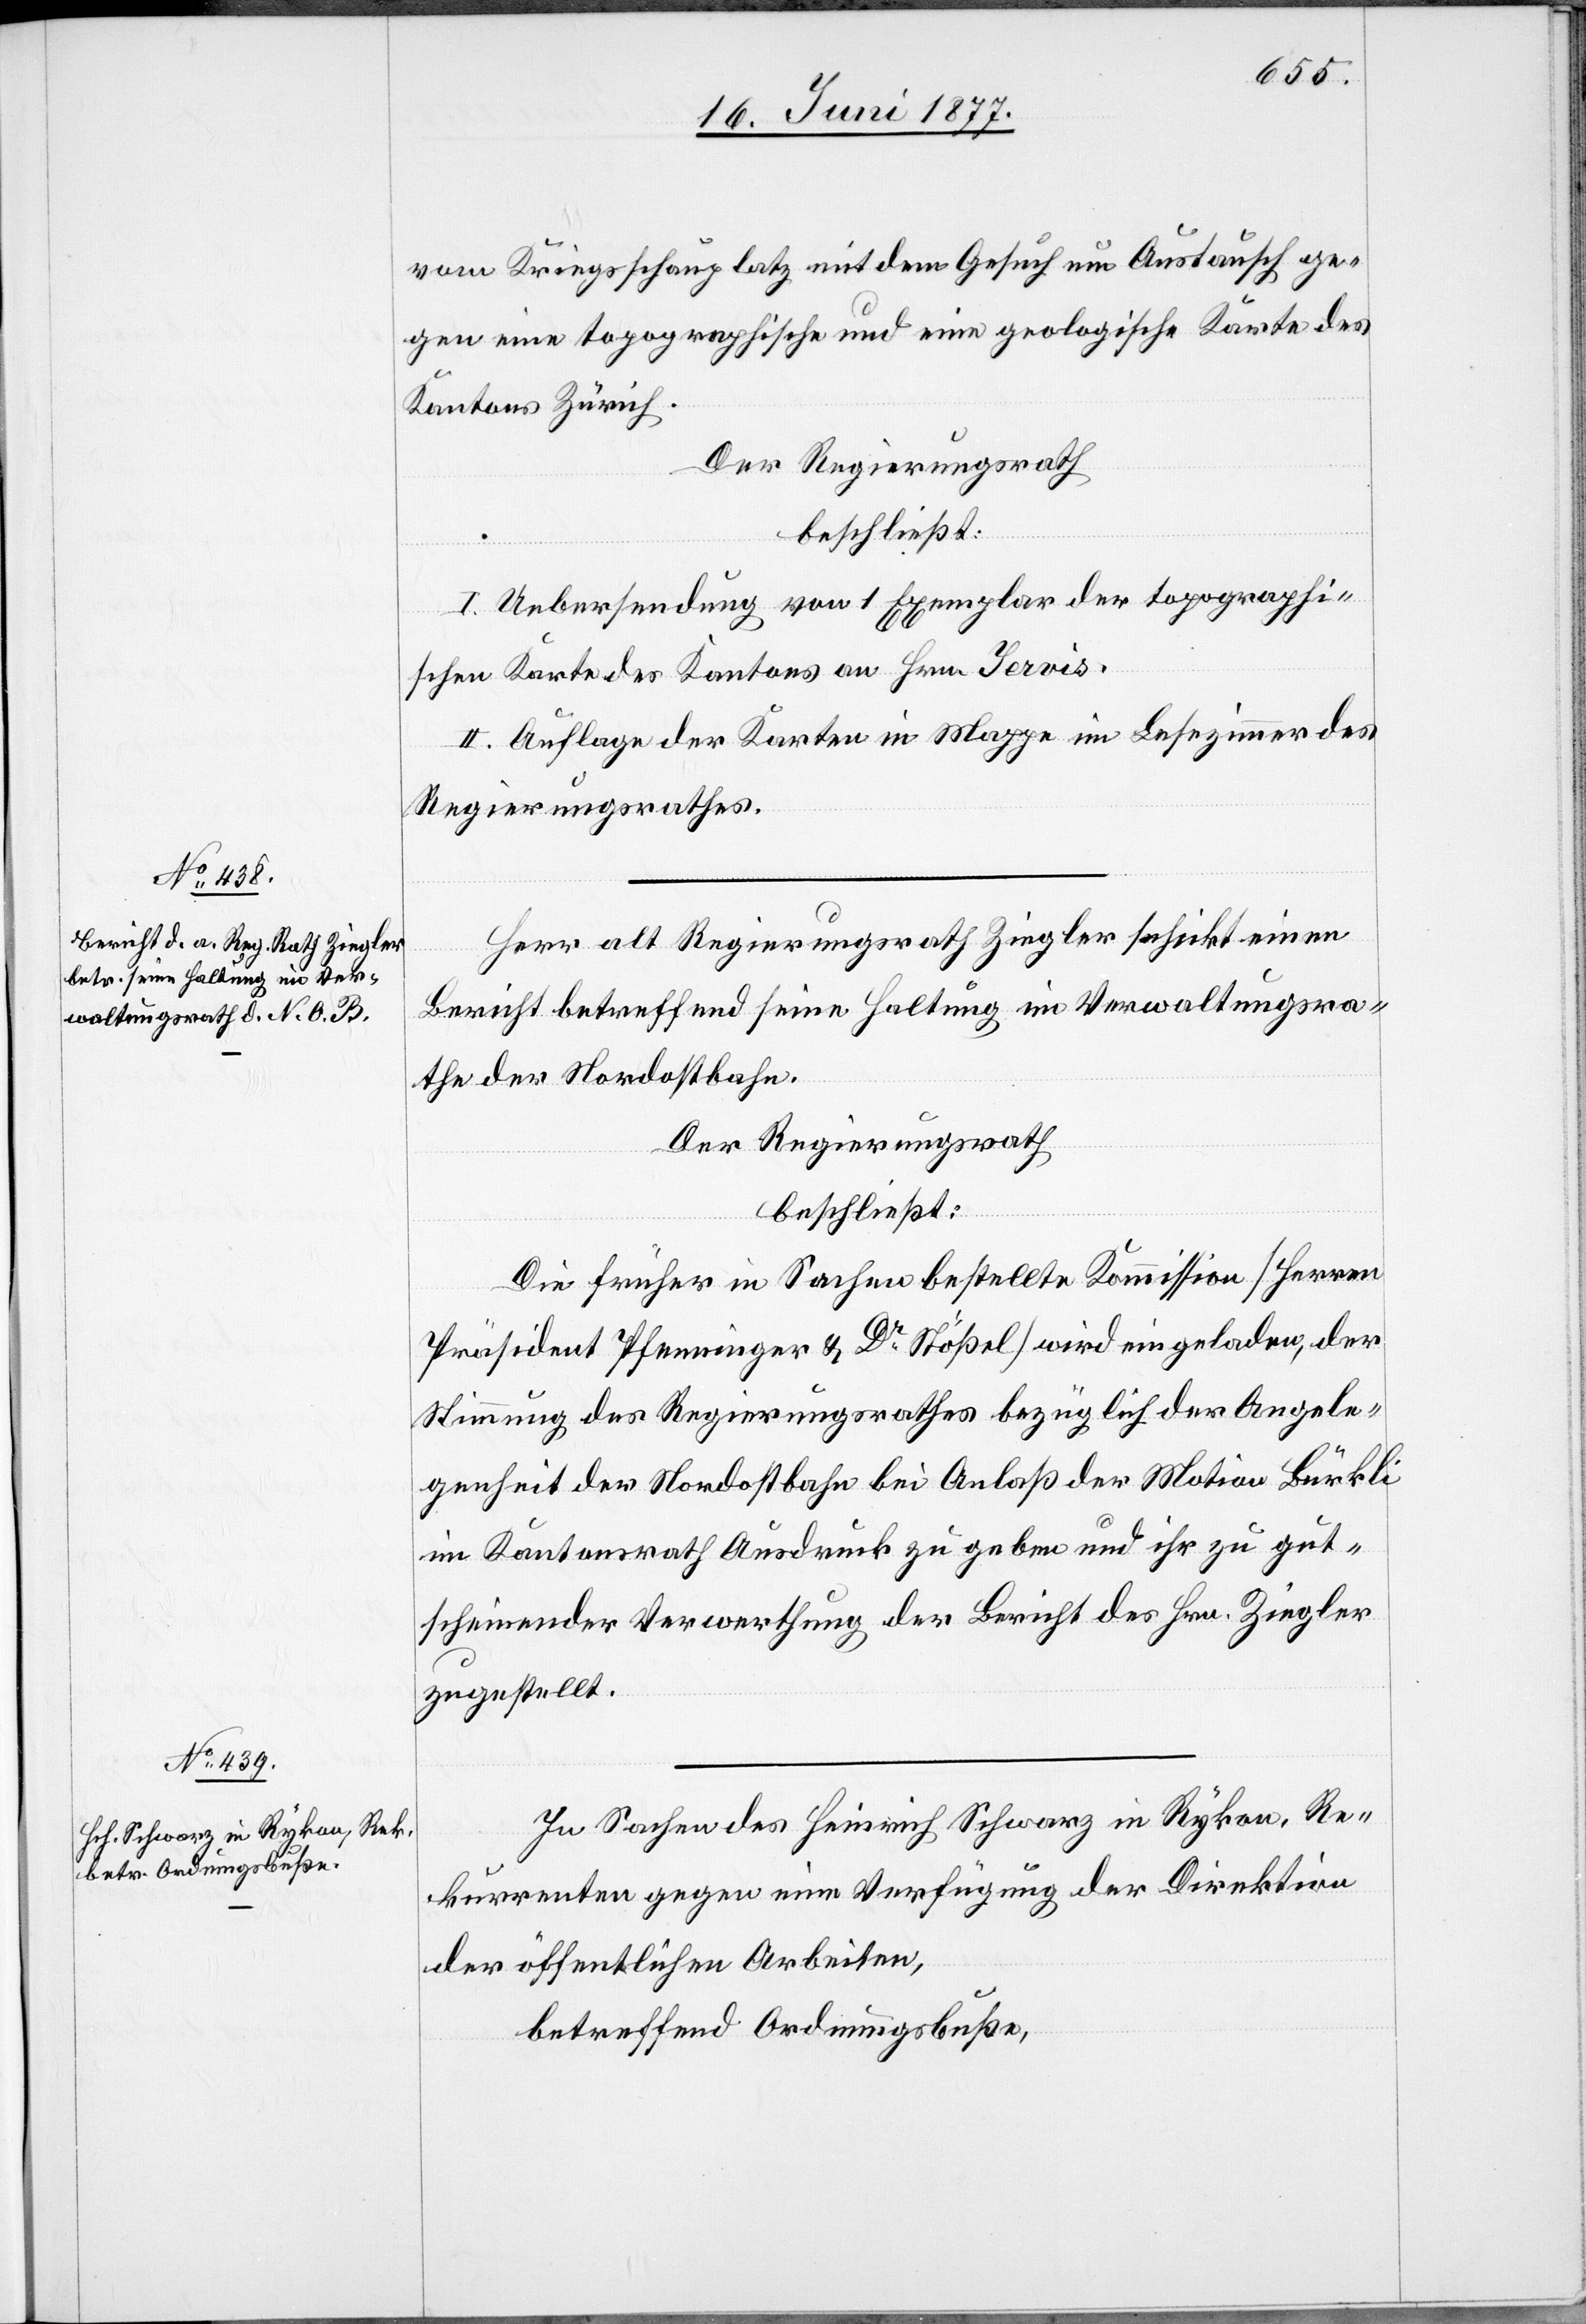
vom Kriegsschauplatz mit dem Gesuch um Austausch ge¬
gen eine topographische und eine geologische Karte des
Kantons Zürich.
Der Regierungsrath
beschließt:
I. Uebersendung von 1 Exemplar der topographi¬
schen Karte des Kantons an Hrn. Jervis.
II. Auflage der Karten in Mappe im Lesezimmer des
Regierungsrathes.
Herr alt Regierungsrath Ziegler schickt einen
Bericht betreffend seine Haltung im Verwaltungsra¬
th der Nordostbahn.
Der Regierungsrath
beschließt:
Die früher in Sachen bestellte Kommission [Herren
Präsident Pfenninger & Dr Stößel] wird eingeladen, der
Stimmung des Regierungsrathes bezüglich der Angele¬
genheit der Nordostbahn bei Anlaß der Motion Bürkli
im Kantonsrath Ausdruck zu geben und ihr zu gut¬
scheinender Verwerthung der Bericht des Hrn. Ziegler
zugestellt.
In Sachen des Heinrich Schwarz in Rykon, Re¬
kurrenten gegen eine Verfügung der Direktion
der öffentlichen Arbeiten,
betreffend Ordnungsbuße,